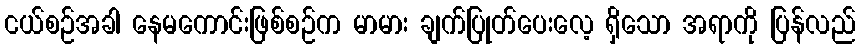
ငယ်စဉ်အခါ နေမကောင်းဖြစ်စဉ်က မာမား ချက်ပြုတ်ပေးလေ့ ရှိသော အရာကို ပြန်လည်